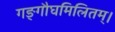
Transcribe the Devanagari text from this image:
गङ्गौघमिलितम्।